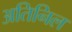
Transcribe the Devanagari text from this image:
अतिनिल